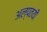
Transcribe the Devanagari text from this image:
अल्पतयी